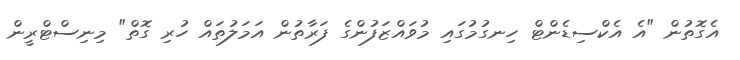
އެގޮތުން "އެ އެކްސިޑެންޓް ހިނގުމުގައި މުވައްޒަފުންގެ ފަރާތުން އަމަލުތައް ހުރި ގޮތް" މިނިސްޓްރީން